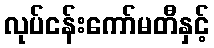
လုပ်ငန်းကော်မတီနှင့်